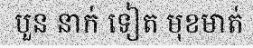
បួន នាក់ ទៀត មុខមាត់